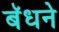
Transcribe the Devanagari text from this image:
बॅधने